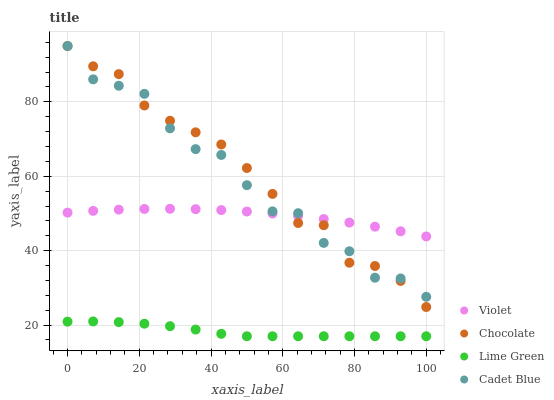
| xaxis_label | Violet | Chocolate | Lime Green | Cadet Blue |
 | --- | --- | --- | --- | --- |
 | 0 | 50.2 | 95 | 20.9 | 95 |
 | 7.14 | 50.7 | 89.5 | 21 | 86 |
 | 14.3 | 51 | 87.4 | 20.8 | 84.3 |
 | 21.4 | 51.2 | 79 | 20.4 | 82.1 |
 | 28.6 | 51.3 | 74.9 | 19.7 | 72.9 |
 | 35.7 | 51.2 | 71.8 | 18.8 | 67.3 |
 | 42.9 | 50.9 | 68.5 | 17.7 | 65.7 |
 | 50 | 50.5 | 62.2 | 17 | 57.6 |
 | 57.1 | 50 | 55.3 | 17 | 50.6 |
 | 64.3 | 49.3 | 47.4 | 17 | 50.1 |
 | 71.4 | 48.5 | 46.8 | 17 | 42.1 |
 | 78.6 | 47.5 | 36.8 | 17 | 39.8 |
 | 85.7 | 46.4 | 35.9 | 17 | 32.7 |
 | 92.9 | 45.2 | 31.9 | 17 | 32.5 |
 | 100 | 43.8 | 24.9 | 17 | 27.6 |